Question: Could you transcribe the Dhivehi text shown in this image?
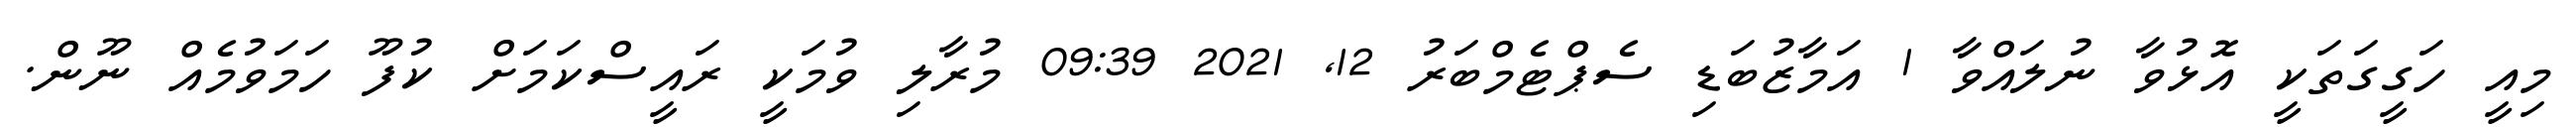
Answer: މިއީ ހަގީގަތަކީ އޮޅުވާ ނުލައްވާ 1 އަމާޒުބަޑި ސެޕްޓެމްބަރު 12, 2021 09:39 މުރާލި ވުމަކީ ރައީސްކަމަށް ކުފޫ ހަމަވުމެއް ނޫން.